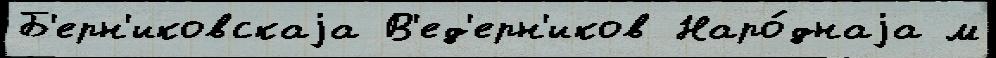
Б'ерн'иковскаjа В'ед'ерн'иков Наро́днаjа м